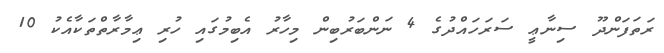
ރަތަފަންދޫ ސިނާޢީ ސަރަހައްދުގެ 4 ނަންބަރުބިން މިހާރު އެބިމުގައި ހުރި ޢިމާރާތްތަކާއެކު 10